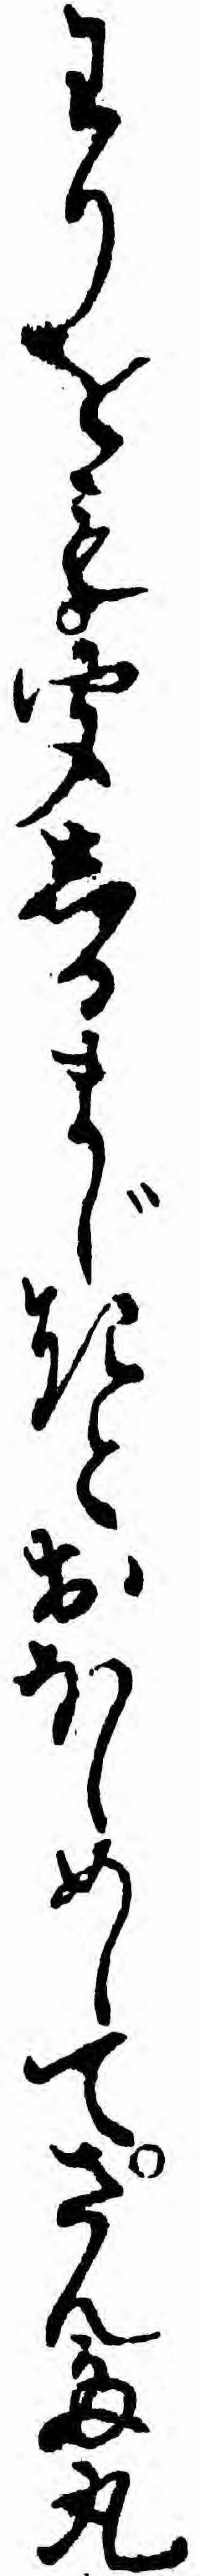
わりをも聞しるまじきとおほしめしてさんた丸